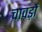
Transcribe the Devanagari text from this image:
चावड़ों